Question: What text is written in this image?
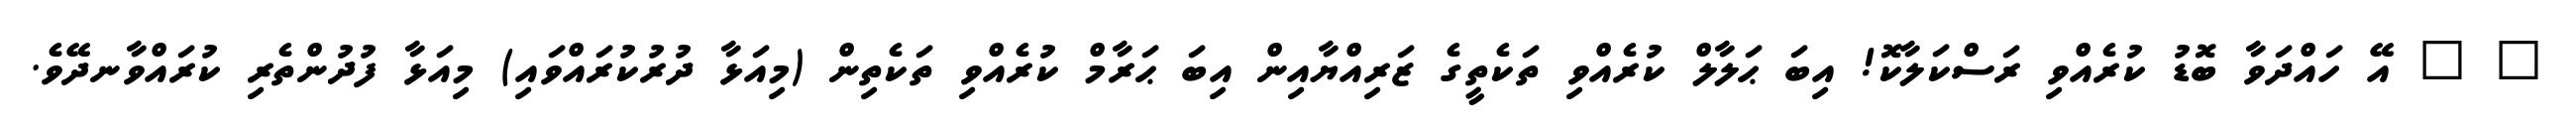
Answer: " " އޭ ހައްދަވާ ބޮޑު ކުރެއްވި ރަސްކަލާކޮ! އިބަ ޙަލާލް ކުރެއްވި ތަކެތީގެ ޒަރިއްޔާއިން އިބަ ޙަރާމް ކުރެއްވި ތަކެތިން (މިއަޅާ ދުރުކުރައްވައި) މިއަޅާ ފުދުންތެރި ކުރައްވާނދޭވެ.